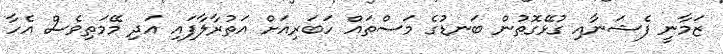
ޒަމާނީ ފެޝަނާއި ގުޅޭގޮތުން ބަނޑުގެ މަސްތައް ހަބަރިއަށް އަތުރާލާފައި އަދި މޭމަތިވެސް އެހާ